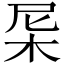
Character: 𣐉